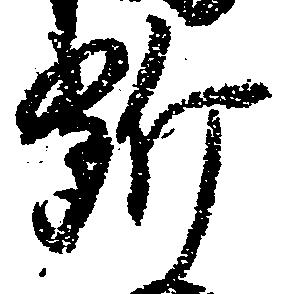
新